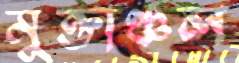
মুক্তাঞ্চল